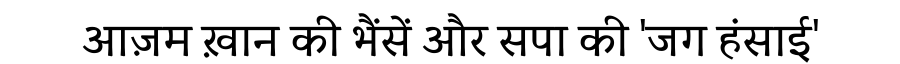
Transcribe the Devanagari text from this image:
आज़म ख़ान की भैंसें और सपा की 'जग हंसाई'